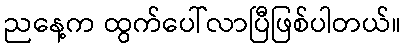
ညနေ့က ထွက်ပေါ်လာပြီဖြစ်ပါတယ်။